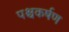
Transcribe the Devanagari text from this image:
पश्चकर्षण